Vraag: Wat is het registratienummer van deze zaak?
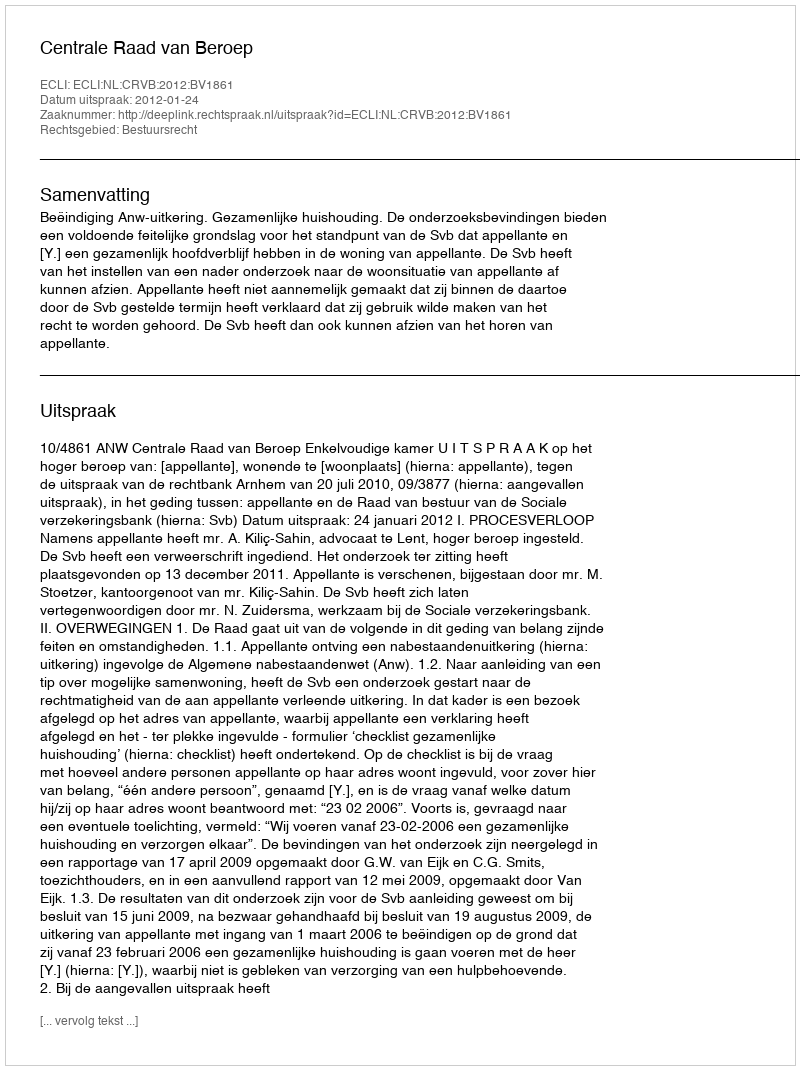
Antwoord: http://deeplink.rechtspraak.nl/uitspraak?id=ECLI:NL:CRVB:2012:BV1861